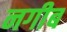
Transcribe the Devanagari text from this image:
नगीब